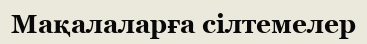
Мақалаларға сілтемелер